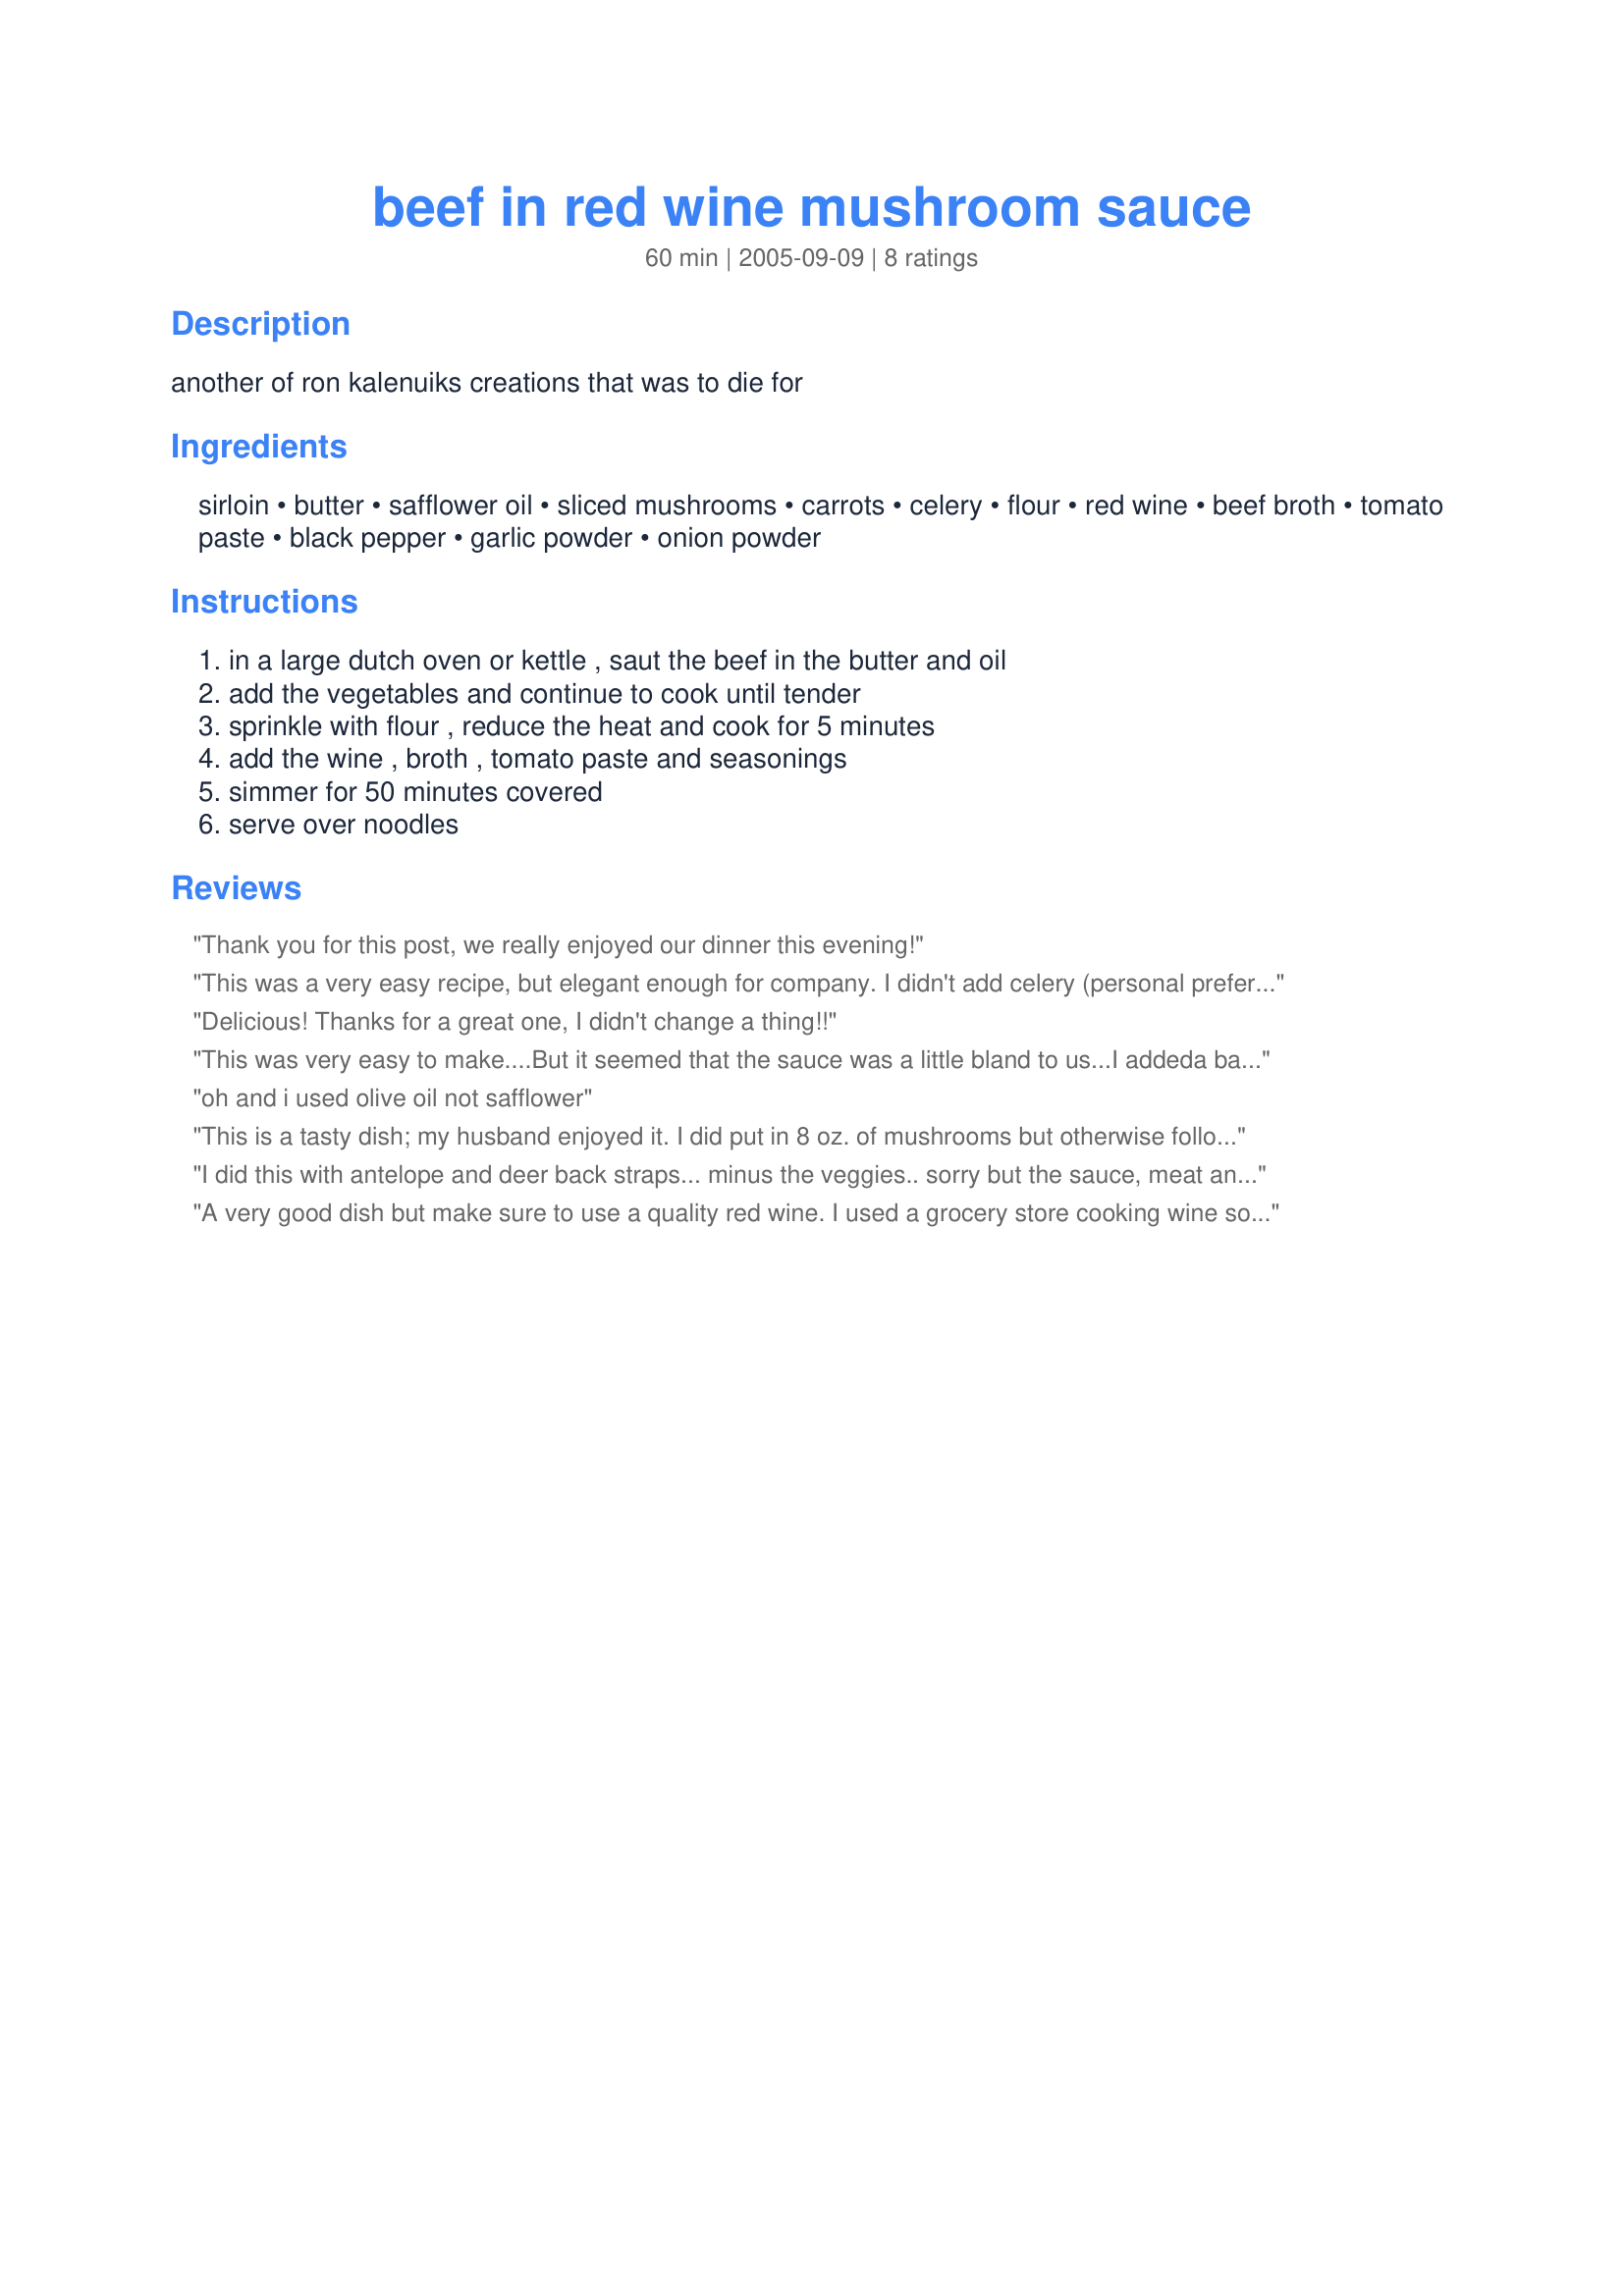
beef in red wine mushroom sauce
Preparation time: 60 minutes

another of ron kalenuiks creations that was to die for

Ingredients:
sirloin, butter, safflower oil, sliced mushrooms, carrots, celery, flour, red wine, beef broth, tomato paste, black pepper, garlic powder, onion powder

Steps:
in a large dutch oven or kettle , saut the beef in the butter and oil, add the vegetables and continue to cook until tender, sprinkle with flour , reduce the heat and cook for 5 minutes, add the wine , broth , tomato paste and seasonings, simmer for 50 minutes covered, serve over noodles

Reviews:
Thank you for this post, we really enjoyed our dinner this evening!
This was a very easy recipe, but elegant enough for company. I didn't add celery (personal preference, I used sliced baby portabella mushrooms and merlot for the wine. My DH said it smelled wonderful and it tasted even better. Thanks for a 5-star keeper...
Delicious! Thanks for a great one, I didn't change a thing!!
This was very easy to make....But it seemed that the sauce was a little bland to us...I added<br/>a bay leaf and some worchestershire sauce to try and perk it up....
oh and i used olive oil not safflower
This is a tasty dish; my husband enjoyed it. I did put in 8 oz. of mushrooms but otherwise followed the directions.
I did this with antelope and deer back straps... minus the veggies.. sorry but the sauce, meat and mushrooms don't need veggies.. especially if you have a side of them.. This is a keeper... Thanks blonder for posting... Even with wild game this is a must.. I served this over a brown and wild rice combo.. you can't go wrong with the the earthiness of the mushrooms and wild rice.. So very good and I agree with use good red wine... you only need half a cup, I used a whole cup.. and drank the rest of the bottle ... so this a no lose situation recipe.. lol
A very good dish but make sure to use a quality red wine. I used a grocery store cooking wine so it didn't add as much flavor. This dish has alot of French flair and is a very good meal. This dish does have alot of saturated fat so we have it on our cheat day! (smile) Also, you can decrease the amount of oil and butter if you use nonstick spray and a bit of olive oil as the other review suggested.
